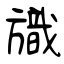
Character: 旘